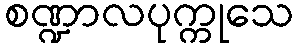
စဏ္ဍာလပုက္ကုသေ